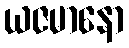
ယဇမာနော